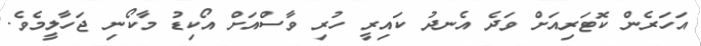
އަހަރެން ކޮޓަރިއަށް ވަދެ އެނދު ކައިރީ ހުރި ވާސްއަށް އޯކިޑު މާކޯނި ޖަހާލީމެވެ.